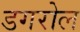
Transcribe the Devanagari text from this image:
डगरोल